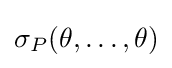
\sigma _{P}(\theta ,\dots ,\theta )